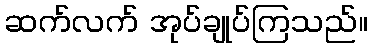
ဆက်လက် အုပ်ချုပ်ကြသည်။